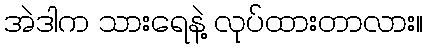
အဲဒါက သားရေနဲ့ လုပ်ထားတာလား။